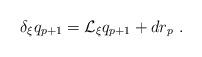
LaTeX: \begin{align*}\delta_\xi q_{p+1} = \mathcal{L}_\xi q_{p+1} + d r_p\ .\end{align*}